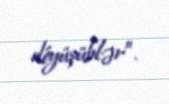
döyüşüblər”.